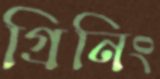
গ্রিনিং